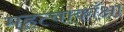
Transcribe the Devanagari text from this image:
महत्वाकाँक्षा